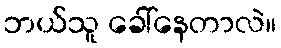
ဘယ်သူ ခေါ်နေတာလဲ။